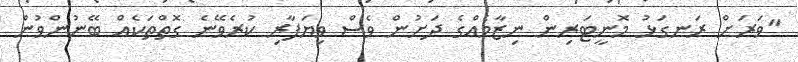
"ވަރަށް ރަނގަޅު މޮނީޓަރިން ނިޒާމެއްގެ ދަށުން ވެސް ވިޔަފާރި ކުރެވޭނެ ގޮތްތަކެއް ބޭނުންވުން